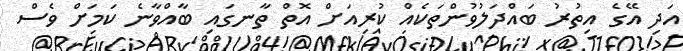
އަދި އޭގެ އިތުރު ބައްދަލުވުންތަކެއް ކުރިއަށް އޮތް ތާނގައި ބާއްވާނެ ކަމަށް ވެސް